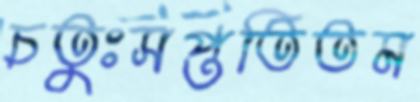
চতুঃসপ্ততিতম